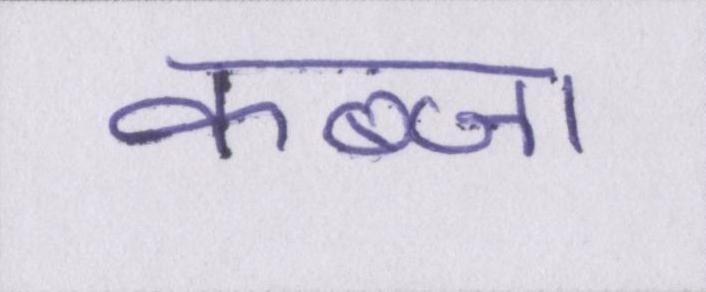
कब्जा